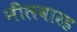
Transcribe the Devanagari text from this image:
नीलवारह